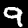
Digit: 9